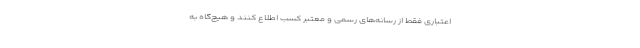
اعتباری فقط از رسانه‌های رسمی و معتبر کسب اطلاع کنند و هیچ‌گاه به